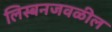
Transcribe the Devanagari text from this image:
लिस्बनजवळील